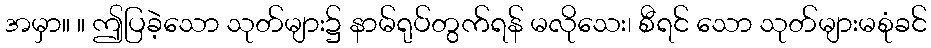
အမှာ။ ။ ဤပြခဲ့သော သုတ်များ၌ နာမ်ရုပ်တွက်ရန် မလိုသေး၊ စီရင် သော သုတ်များမစုံခင်